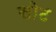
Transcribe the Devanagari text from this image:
सोट